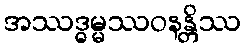
အဿဒ္ဓမ္မဿဝနန္တိဿ